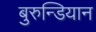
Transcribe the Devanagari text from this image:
बुरुन्डियान